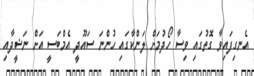
އެނގިފައިވާ ގޮތުގައި ވިސާ ހޯދުމަށް ލަންކާގައި ހުންނަ ސައޫދީ އެމްބަސީ އަށް ނަޝީދާއި